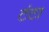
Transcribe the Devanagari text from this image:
टंटा